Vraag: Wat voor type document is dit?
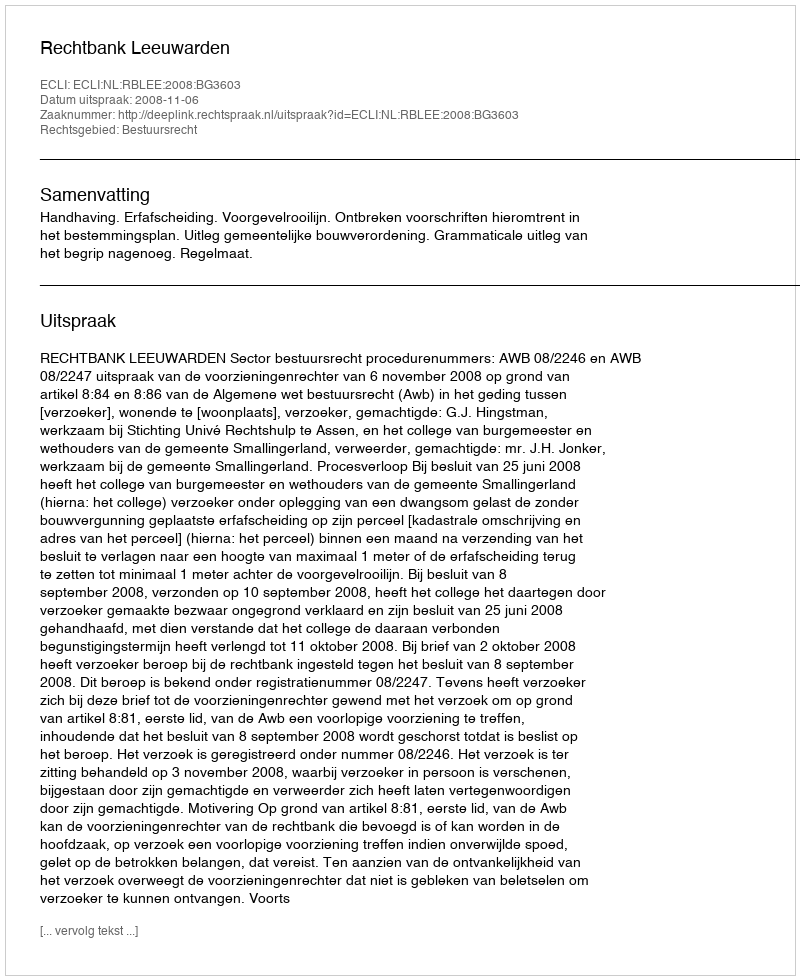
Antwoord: Uitspraak